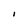
Character: i